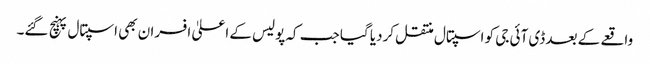
واقعے کے بعد ڈی آئی جی کو اسپتال منتقل کردیا گیا جب کہ پولیس کے اعلیٰ افسران بھی اسپتال پہنچ گئے۔